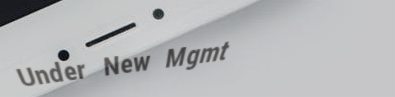
Under New Mgmt